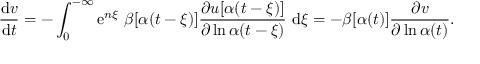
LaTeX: \frac { \mathrm { d } v } { \mathrm { d } t } = - \int _ { 0 } ^ { - \infty } \mathrm { e } ^ { n \xi } \, \, \beta [ \alpha ( t - \xi ) ] \frac { \partial u [ \alpha ( t - \xi ) ] } { \partial \ln \alpha ( t - \xi ) } \, \, \mathrm { d } \xi = - \beta [ \alpha ( t ) ] \frac { \partial v } { \partial \ln \alpha ( t ) } .